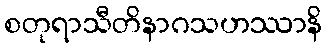
စတုရာသီတိနာဂသဟဿာနိ